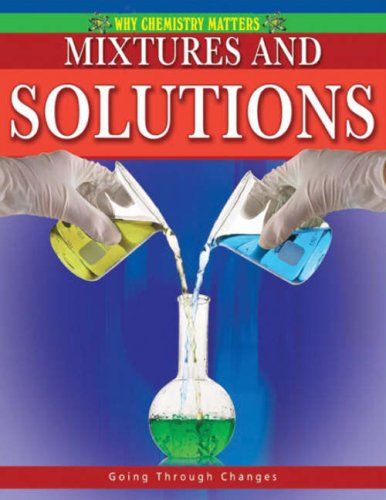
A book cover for Mixtures and Solutions (Why Chemistry Matters); Molly Aloian; Children's Books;